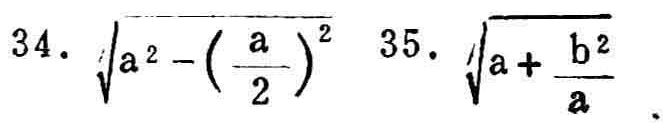
34. \(\sqrt{a^{2}-\left(\frac{a}{2}\right)^{2}}\) 35. \(\sqrt{a + \frac{b^{2}}{a}}\)